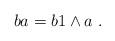
LaTeX: \begin{align*}ba & = b1\wedge a\;.\end{align*}